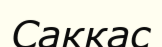
Саккас